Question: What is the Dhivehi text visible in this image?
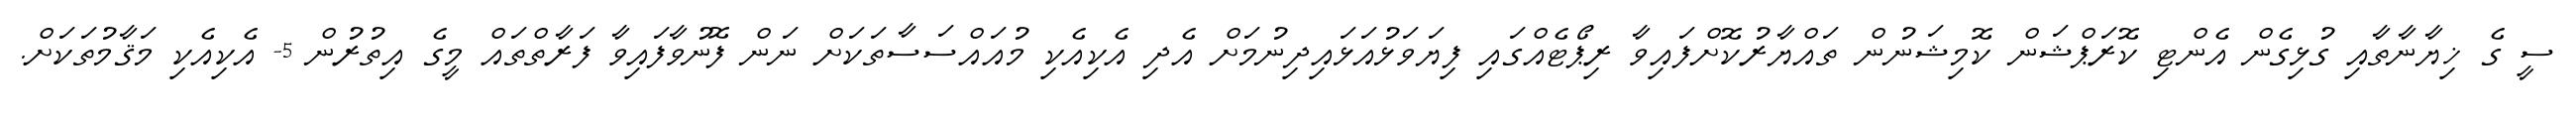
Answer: ސީ ގެ ޚިޔާނާތާއި ގުޅިގެން އެންޓި ކޮރަޕްޝަން ކޮމިޝަނުން ތައްޔާރުކޮށްފައިވާ ރިޕޯޓެއްގައި ފިޔަވަޅުއަޅައިދިނުމަށް އެދި އެކިއެކި މުއައްސަސާތަކަށް ނަން ފޮނުވާފައިވާ ފަރާތްތައް މީގެ އިތުރުން 5- އެކިއެކި މަޤާމުތަކަށް.